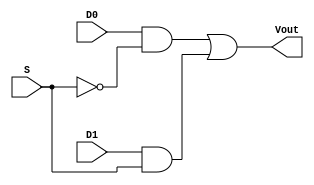
module MUX2_1_design(
    input D0,
    input D1,
    input S,
    output Vout
    );
    wire w2, w3;
    and U2(w2, D0, ~S);
    and U3(w3, D1, S);
    or U4(Vout, w2, w3);
endmodule